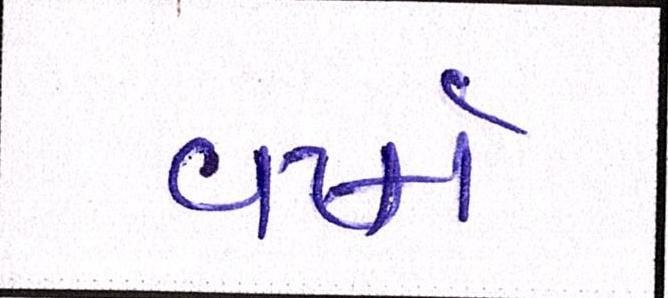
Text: વર્ષા